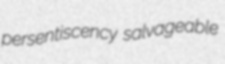
persentiscency salvageable